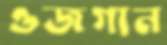
ওজগান